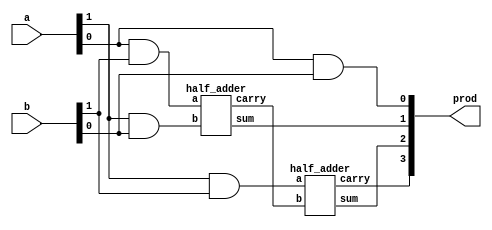

module vedic2x2(input [1:0] a,b, output [3:0] prod);

	wire a1b1 = a[1] & b[1];
	wire a0b1 = a[0] & b[1];
	wire a1b0 = a[1] & b[0];
	wire a0b0 = a[0] & b[0];
	wire carry;
	
	assign prod[0] = a0b0;

	half_adder HA0(a0b1,a1b0,prod[1],carry);
	half_adder HA1(a1b1,carry,prod[2],prod[3]);

endmodule

module half_adder(input a,b, output sum, carry);

	assign sum = a ^ b;
	assign carry = a & b;

endmodule